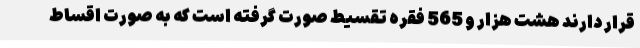
قرار دارند هشت هزار و 565 فقره تقسیط صورت گرفته است که به صورت اقساط